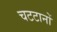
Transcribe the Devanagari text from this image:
चटटानों